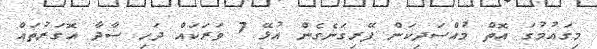
މިގައުމުގަ އޮތް މުއްސަދިކަން ފޭރިގަނެގެން އުޅޭ 7 ވަރަކައް ދަހި ސާދާ އޮގަރުތައް